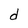
Character: d